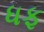
ધફ